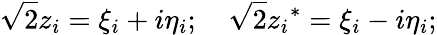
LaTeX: {\sqrt 2}z_{i}=\xi_{i}+i\eta_{i};\quad{\sqrt 2}{z_{i}}^{*}=\xi_{i}-i\eta_{i};